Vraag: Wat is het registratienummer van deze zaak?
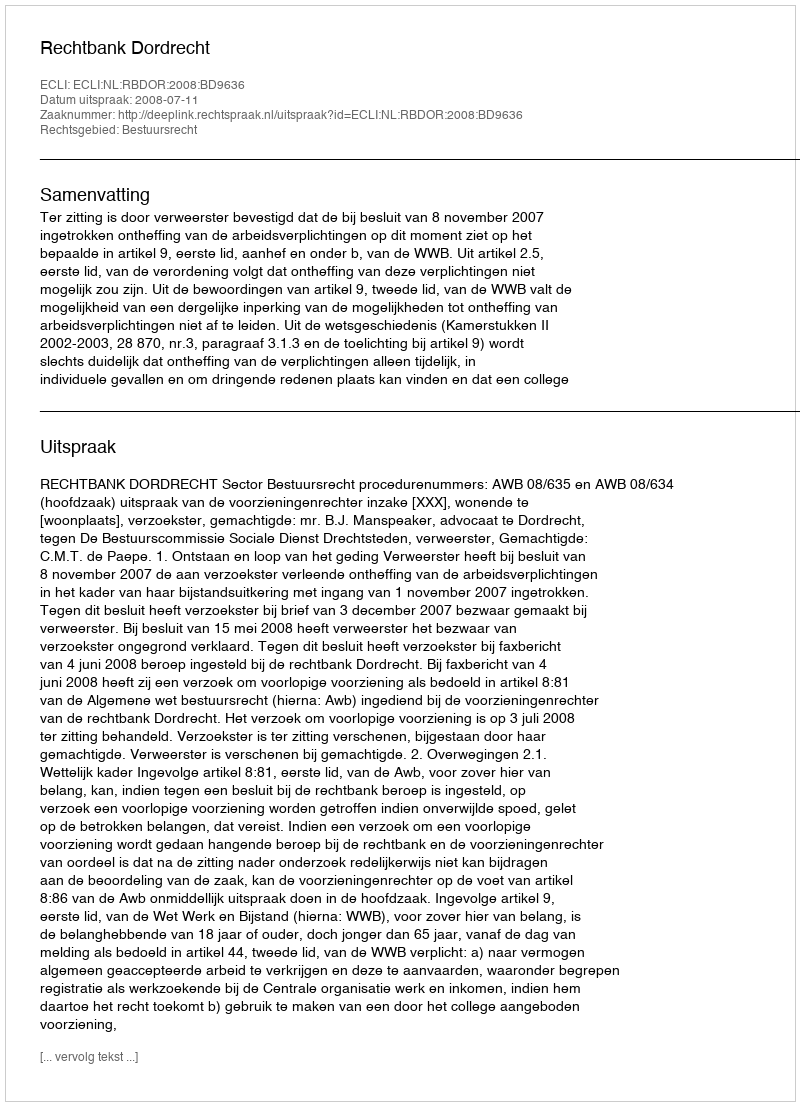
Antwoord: http://deeplink.rechtspraak.nl/uitspraak?id=ECLI:NL:RBDOR:2008:BD9636